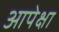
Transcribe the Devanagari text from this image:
आपेक्षा